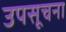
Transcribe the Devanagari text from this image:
उपसूचना